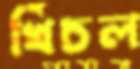
খিঁচল